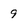
Character: 9